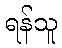
ရန်သူ